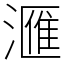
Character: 𣾀